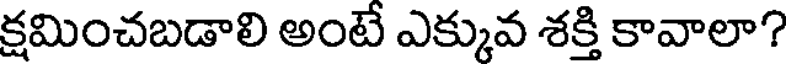
క్షమించబడాలి అంటే ఎక్కువ శక్తి కావాలా?